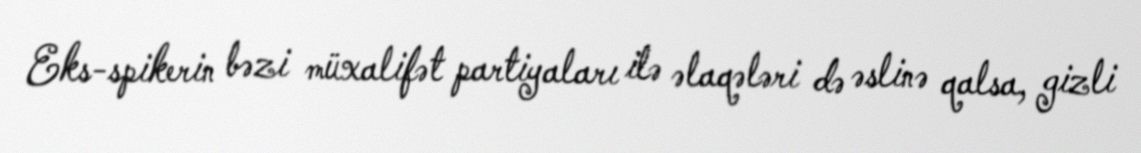
Eks-spikerin bəzi müxalifət partiyaları ilə əlaqələri də əslinə qalsa, gizli